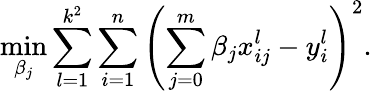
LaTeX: \underset{\beta_{j}}{\operatorname*{min}}\sum_{l=1}^{k^{2}}\sum_{i=1}^{n}\left(\sum_{j=0}^{m}\beta_{j}x_{ij}^{l}-y_{i}^{l}\right)^{2}.